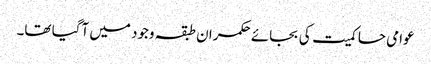
عوامی حاکمیت کی بجائے حکمران طبقہ وجود میں آگیا تھا۔